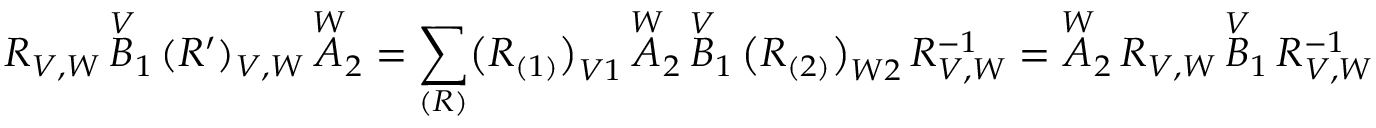
R _ { V , W } \, \overset { V } { B } _ { 1 } \, ( R ^ { \prime } ) _ { V , W } \, \overset { W } { A } _ { 2 } = \sum _ { ( R ) } \bigl ( R _ { ( 1 ) } \bigr ) _ { V 1 } \, \overset { W } { A } _ { 2 } \, \overset { V } { B } _ { 1 } \, \bigl ( R _ { ( 2 ) } \bigr ) _ { W 2 } \, R _ { V , W } ^ { - 1 } = \overset { W } { A } _ { 2 } \, R _ { V , W } \, \overset { V } { B } _ { 1 } \, R _ { V , W } ^ { - 1 }